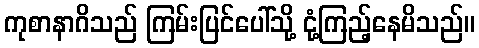
ကုစာနာဂိသည် ကြမ်းပြင်ပေါ်သို့ ငုံ့ကြည့်နေမိသည်။